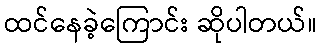
ထင်နေခဲ့ကြောင်း ဆိုပါတယ်။